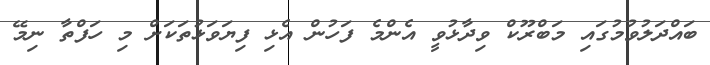
ބައްދަލުވުމުގައި މަބްރޫކް ވިދާޅުވީ އެންމެ ފަހުން އެޅި ފިޔަވަަޅުތަކަށް މި ހަފްތާ ނިމޭ